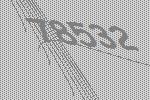
78532